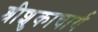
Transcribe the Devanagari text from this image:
श्रीशुकाचार्य